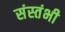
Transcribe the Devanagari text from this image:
संस्तंभी